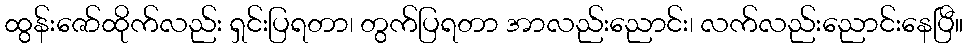
ထွန်းဇော်ထိုက်လည်း ရှင်းပြရတာ၊ တွက်ပြရတာ အာလည်းညောင်း၊ လက်လည်းညောင်းနေပြီ။